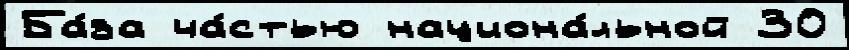
Ба́за ча́стью национа́льной 30